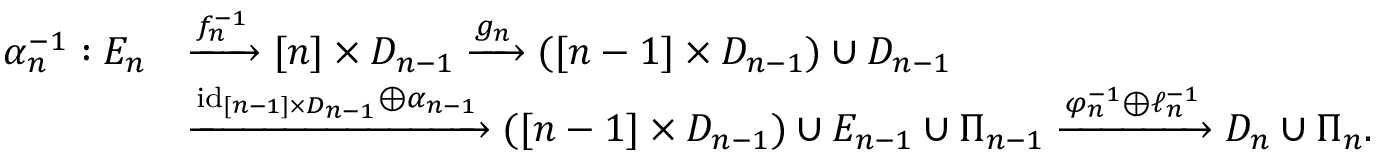
\begin{array} { r l } { \alpha _ { n } ^ { - 1 } : E _ { n } } & { \xrightarrow { f _ { n } ^ { - 1 } } [ n ] \times D _ { n - 1 } \xrightarrow [ ] { g _ { n } } ( [ n - 1 ] \times D _ { n - 1 } ) \cup D _ { n - 1 } } \\ & { \xrightarrow { \mathrm { i d } _ { [ n - 1 ] \times D _ { n - 1 } } \oplus \alpha _ { n - 1 } } ( [ n - 1 ] \times D _ { n - 1 } ) \cup E _ { n - 1 } \cup \Pi _ { n - 1 } \xrightarrow { \varphi _ { n } ^ { - 1 } \oplus \ell _ { n } ^ { - 1 } } D _ { n } \cup \Pi _ { n } . } \end{array}